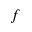
f